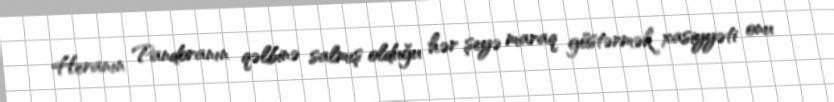
Heranın Pandoranın qəlbinə salmış olduğu hər şeyə maraq göstərmək xasiyyəti onu